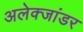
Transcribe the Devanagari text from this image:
अलेक्जांडर